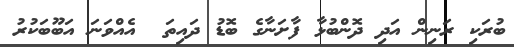
ބުރަކި ރަނިން އަދި ދޮންބުޅާ ފާށަނާގެ ބޮޑު ދައިތަ  އެއްވަނަ އަބޫބަކުރު